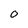
Character: 0